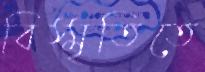
বিস্মৃতিতে